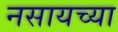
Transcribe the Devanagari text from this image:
नसायच्या